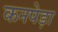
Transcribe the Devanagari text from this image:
कनपेड़ा